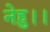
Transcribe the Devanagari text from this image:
नेहु।।